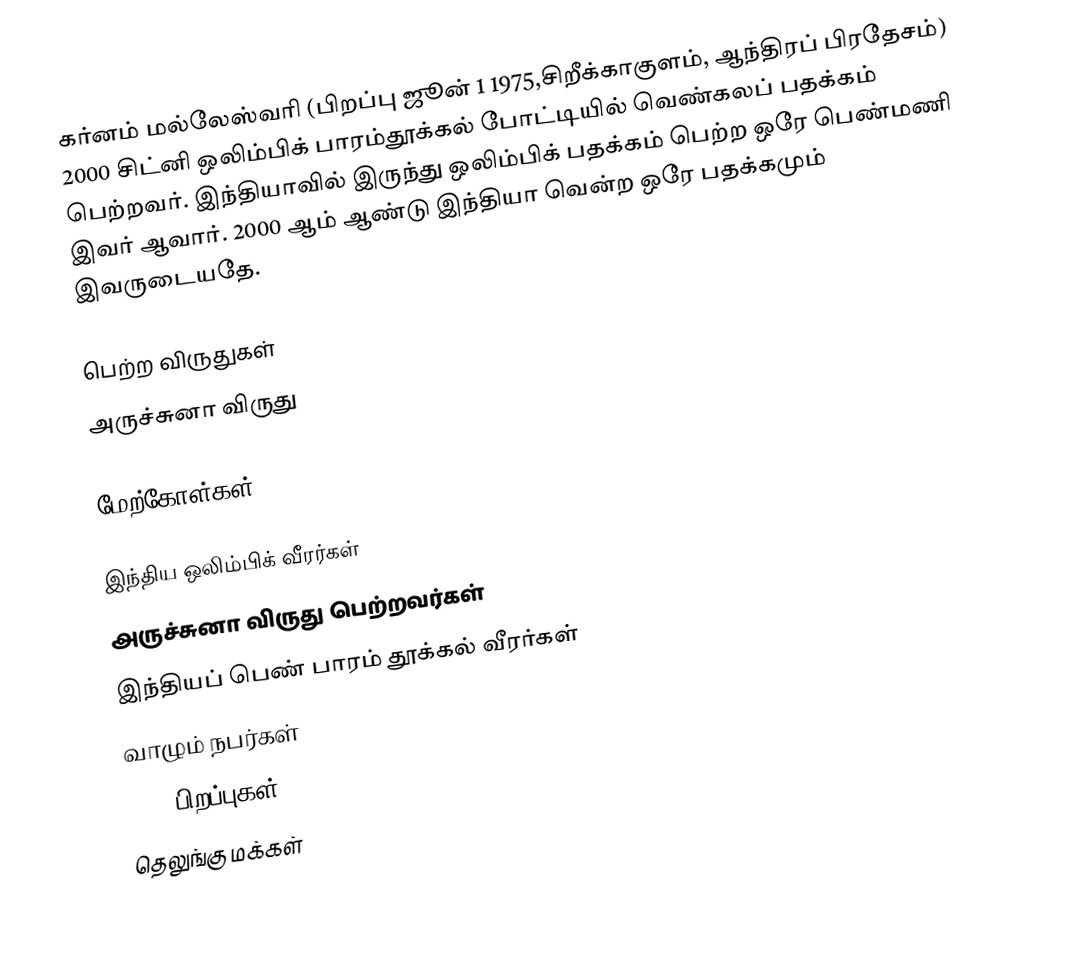
கர்னம் மல்லேஸ்வரி (பிறப்பு ஜூன் 1 1975,சிறீக்காகுளம், ஆந்திரப் பிரதேசம்) 2000 சிட்னி ஒலிம்பிக் பாரம்தூக்கல் போட்டியில் வெண்கலப் பதக்கம் பெற்றவர். இந்தியாவில் இருந்து ஒலிம்பிக் பதக்கம் பெற்ற ஒரே பெண்மணி இவர் ஆவார். 2000 ஆம் ஆண்டு இந்தியா வென்ற ஒரே பதக்கமும் இவருடையதே.

பெற்ற விருதுகள்
 அருச்சுனா விருது

மேற்கோள்கள்

இந்திய ஒலிம்பிக் வீரர்கள்
அருச்சுனா விருது பெற்றவர்கள்
இந்தியப் பெண் பாரம் தூக்கல் வீரர்கள்
வாழும் நபர்கள்
1975 பிறப்புகள்
தெலுங்கு மக்கள்